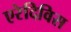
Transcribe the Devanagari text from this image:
एरेदिविस